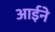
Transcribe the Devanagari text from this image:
आर्इने